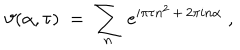
LaTeX: \vartheta ( \alpha , \tau ) \; = \; \sum _ { n } \, e ^ { i \pi \tau n ^ { 2 } \, + \, 2 \pi i n \alpha } \; ,